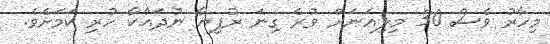
މިހާރު ވެސް 30 މިލިއަނަށް ވުރެ ގިނަ ރުފިޔާ ނުދައްކާ ހުރި ކަމަށެވެ.